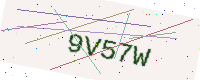
Text: 9V57W